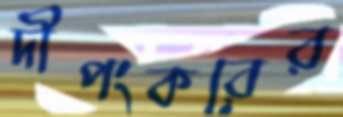
দীপংকরের